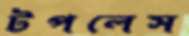
টপলেস